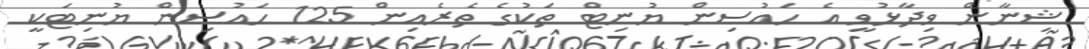
ޝިނާން ވިދާޅުވީ އެ ހައުސިން ޔުނިޓް ތަކުގެ ތެރެއިން 125 ހައުސިން ޔުނިޓަކީ